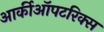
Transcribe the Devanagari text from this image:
आर्कीऑपटरिक्स